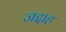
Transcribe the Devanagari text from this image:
जद्दाह